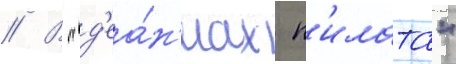
// В "д'еа́н'иах п'илата"